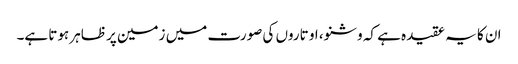
ان کا یہ عقیدہ ہے کہ وشنو، او تاروں کی صورت میں زمین پر ظاہر ہوتا ہے۔